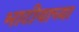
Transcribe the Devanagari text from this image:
भाटीयाच्या